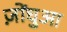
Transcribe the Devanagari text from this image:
ज़ोंघुआ